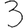
Digit: 3